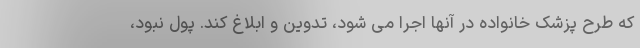
که طرح پزشک خانواده در آنها اجرا می‌ شود، تدوین و ابلاغ کند. پول نبود،